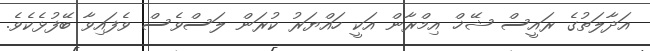
އަދާލަތުގެ ރައީސް ޝޭޚް އިމްރާން އަކީ ހައްޔަރު ކުރަން ލަސްވެސް ވެފައިވާ ބޭފުޅެކެވެ.